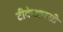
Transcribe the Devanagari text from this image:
टीकेआरसी